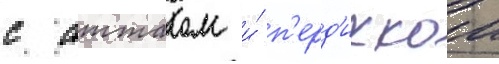
с атталом и́ п'ерд'иккои